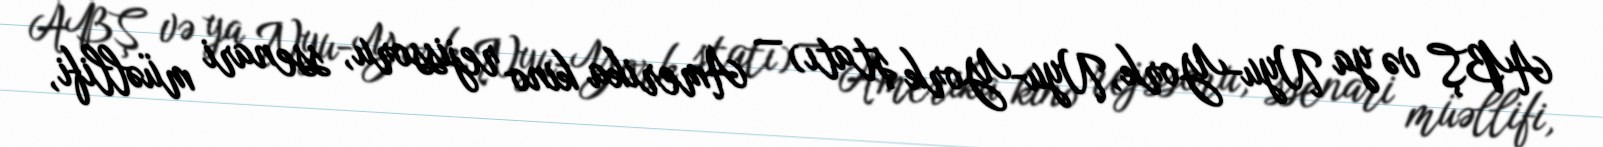
ABŞ və ya Nyu-York, Nyu-York ştatı) — Amerika kino rejissoru, ssenari müəllifi,